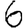
Digit: 6